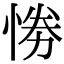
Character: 𢛗